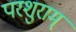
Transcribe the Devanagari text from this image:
परशुराम्